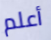
أعلم